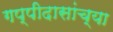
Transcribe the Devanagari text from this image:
गप्पीदासांच्या